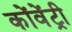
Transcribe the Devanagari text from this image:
कोंवेंट्री